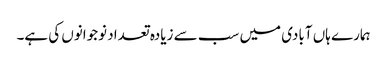
ہمارے ہاں آبادی میں سب سے زیادہ تعداد نوجوانوں کی ہے۔